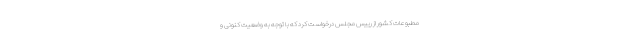
مطبوعات کشور از رییس مجلس درخواست کرد که با توجه به وضعیت کنونی و